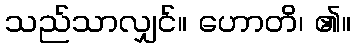
သည်သာလျှင်။ ဟောတိ၊ ၏။